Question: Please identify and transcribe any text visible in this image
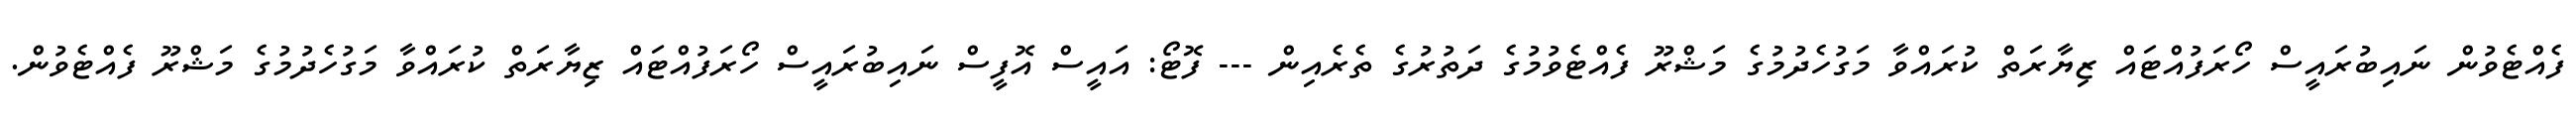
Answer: ފެއްޓެވުން ނައިބުރައީސް ހޯރަފުއްޓައް ޒިޔާރަތް ކުރައްވާ މަގުހެދުމުގެ މަޝްރޫ ފެއްޓެވުމުގެ ދަތުރުގެ ތެރެއިން --- ފޮޓޯ: އައީސް އޮފީސް ނައިބުރައީސް ހޯރަފުއްޓައް ޒިޔާރަތް ކުރައްވާ މަގުހެދުމުގެ މަޝްރޫ ފެއްޓެވުން.